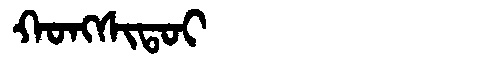
Manchu: ᡴᠣᠩᠰᡳᡨᠣᡳ
Romanization: KONGSITOI